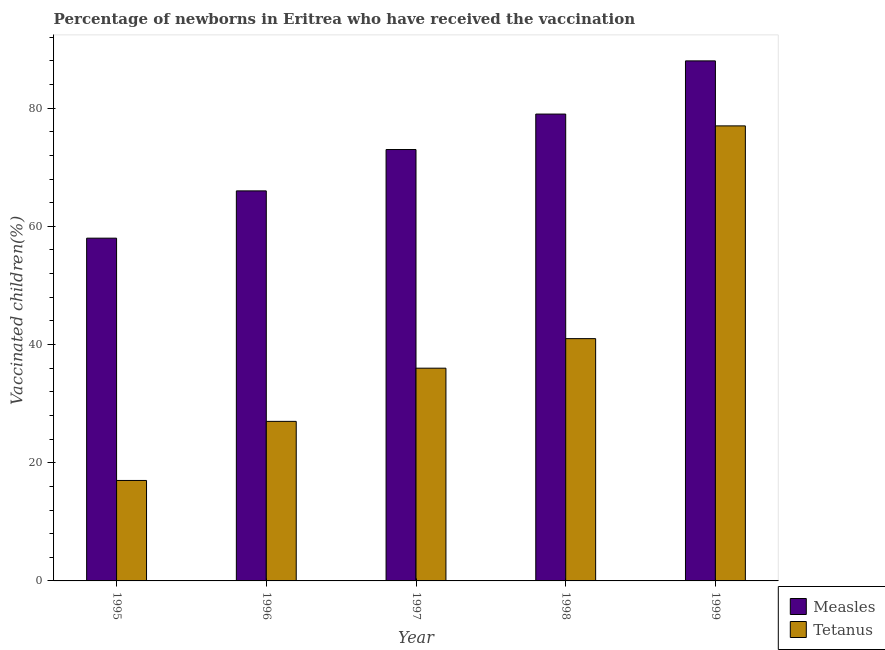
| Year | Measles | Tetanus |
 | --- | --- | --- |
 | 1995 | 58 | 17 |
 | 1996 | 66 | 27 |
 | 1997 | 73 | 36 |
 | 1998 | 79 | 41 |
 | 1999 | 88 | 77 |